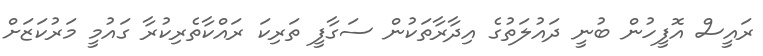
ރައީސް އޮފީހުން ބުނީ ދައުލަތުގެ އިދާރާތަކުން ސަގާފީ ތަރިކަ ރައްކާތެރިކުރާ ގައުމީ މަރުކަޒަށް